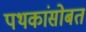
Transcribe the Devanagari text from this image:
पथकांसोबत